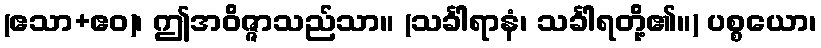
(ဧသာ+ဧဝ)၊ ဤအဝိဇ္ဇာသည်သာ။ (သင်္ခါရာနံ၊ သင်္ခါရတို့၏။) ပစ္စယော၊